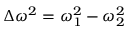
\Delta \omega ^ { 2 } = \omega _ { 1 } ^ { 2 } - \omega _ { 2 } ^ { 2 }